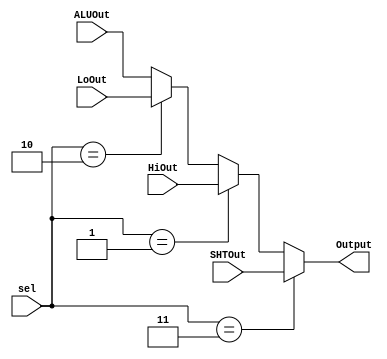
module MUX(sel , ALUOut, HiOut, LoOut, SHTOut, Output);
  input[1:0] sel;
  input[31:0] ALUOut, HiOut, LoOut, SHTOut;
  output[31:0] Output;
    // define signal
  wire[31:0] Output;
  
  assign Output = (sel == 2'b11)? SHTOut:
                  (sel == 2'b01)? HiOut:
                  (sel == 2'b10)? LoOut:
                  ALUOut; // 00
endmodule